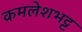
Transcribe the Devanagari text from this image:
कमलेशभट्ट